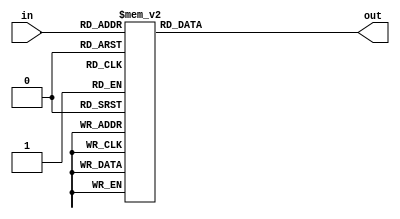
`timescale 1ns/1ps
module lab6(in, out);// lab6()
	
	//
	input [2:0]in; // in , 3bit wire		
	output reg [3:0]out; // out , 4bit reg

	//
	always @ (in) //  in always 
	case(in) // in 
		0 : out = 1; // in  0 , out 1
		1 : out = 9;
		2 : out = 9;
		3 : out = 7;
		4 : out = 0;
		5 : out = 7;
		6 : out = 2;
		7 : out = 8;
		default : $display("Error in input"); //out  
	endcase

endmodule

/*
case ()
< case1 > : < statement >
< case2 > : < statement >
.....
default : < statement >

endcase
: http://www.asic-world.com/verilog/vbehave2.html#The_Case_Statement
*/